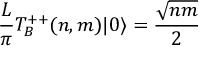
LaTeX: \frac { L } { \pi } T _ { B } ^ { + + } ( n , m ) | 0 \rangle = { \frac { \sqrt { n m } } { 2 } }